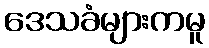
ဒေသခံများကမူ